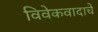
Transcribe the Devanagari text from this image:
विवेकवादाचे